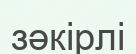
зәкірлі